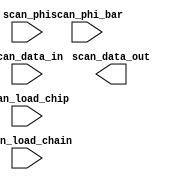


////////////////////////////////////////////////////////////////////////////////

module scan (

        //      // Inputs & outputs to the chip
        //     PERL begin
        //     /*              
        //      DEPERLIFY_INCLUDE(scan_signal_list.pl);
        //      
        //      for (my $i = 0; $i < scalar @signal_list; $i++) {
        //         print "              $signal_list[$i]{name},\n";
        //      }
        //      
        //      */
        //     end
        //     
        //      // To the pads
              scan_phi,
              scan_phi_bar,
              scan_data_in,
              scan_data_out,
              scan_load_chip,
              scan_load_chain
             
              );

   
   // /////////////////////////////////////////////////////////////////////
   // Ports

   // Scans
   input   scan_phi;
   input   scan_phi_bar;
   input   scan_data_in;
   output  scan_data_out;
   input   scan_load_chain;
   input   scan_load_chip;

   
 //  PERL begin
 //     /*              
 //      DEPERLIFY_INCLUDE(scan_signal_list.pl);
 //      
 //      for (my $i = 0; $i < scalar @signal_list; $i++) {
 //          if ($signal_list[$i]{writable} == 1) {
 //               print "   output reg ";
 //          } else {
 //               print "   input      ";
 //          }
 //      
 //           print "[$signal_list[$i]{size}-1:0]  $signal_list[$i]{name};\n";
 //      }
 //      
 //      */
 //  end

   
   // /////////////////////////////////////////////////////////////////////
   // Implementation

   // The scan chain is comprised of two sets of latches: scan_master and scan_slave.
   
  // PERL begin
  //    /*
  //     
  //     ##############################################################
  //     # Modify scan_signal_list.pl in order to change the signals. #
  //     ##############################################################
  //     
  //     DEPERLIFY_INCLUDE(scan_signal_list.pl);
  //     
  //     # Print scan chain latches
  //     print "   reg [$scan_chain_length-1:0] scan_master;\n";
  //     print "   reg [$scan_chain_length-1:0] scan_slave;\n\n";
//
  //     # Print scan_load and scan_next logic
  //     print "   reg  [$scan_chain_length-1:0] scan_load;\n";
  //     print "   wire [$scan_chain_length-1:0] scan_next;\n\n";
  //     
  //     print "   always @ (*) begin\n";
  //     
  //     for (my $i = 0; $i < scalar @signal_list; $i++) {
//
  //        my $name      = $signal_list[$i]{name};
  //        my $size      = $signal_list[$i]{size};
  //        my $addr_bits = $signal_list[$i]{addr_bits};
  //        my $data_bits = $signal_list[$i]{data_bits};
  //     
  //        my $size_begin = $signal_list[$i]{start};
  //        my $size_end   = $size_begin + $size - 1;
  //     
  //        my $addr_begin = $signal_list[$i]{start};
  //        my $addr_end   = $addr_begin + $addr_bits - 1;
  //        
  //        my $data_begin = $addr_end + 1;
  //        my $data_end   = $data_begin + $data_bits - 1;
//
  //        if ($signal_list[$i]{addr_bits} == 0) {
  //           print "      scan_load[$size_end:$size_begin] = ${name};\n";
  //        } else {
  //           print "      scan_load[$addr_end:$addr_begin] = scan_slave[$addr_end:$addr_begin];\n";
  //           print "      case (scan_slave[$addr_end:$addr_begin])\n";
  //           for (my $a = 0; ($a+1-1)*$data_bits < $size; $a++) {
  //              print "         ${addr_bits}'d${a}: scan_load[$data_end:$data_begin] = ${name}[$a*$data_bits +: $data_bits];\n";
  //           }
  //           print "      endcase\n";
  //        } 
  //     }
  //     
  //     print "   end\n\n";
  //     
  //     print "   assign scan_next = scan_load_chain ? scan_load : {scan_data_in, scan_slave[$'$scan_chain_length-1:1]};\n\n";
  //         
  //     # Print latches
  //     print "   //synopsys one_hot \"scan_phi, scan_phi_bar\"\n";
  //     print "   always @ (*) begin\n";
  //     print "       if (scan_phi)\n";
  //     print "          scan_master = scan_next;\n";
  //     print "       if (scan_phi_bar)\n";
  //     print "          scan_slave  = scan_master;\n";
  //     print "   end\n\n";
  //     
  //     # Print input latches
  //     print "   always @ (*) if (scan_load_chip) begin\n";
  //     
  //     for (my $i = 0; $i < scalar @signal_list; $i++) {
  //        if ($signal_list[$i]{writable} == 1) {
  //     
  //           my $name      = $signal_list[$i]{name};
  //           my $size      = $signal_list[$i]{size};
  //           my $addr_bits = 0 + $signal_list[$i]{addr_bits};
  //           my $data_bits = 0 + $signal_list[$i]{data_bits};
  //           my $reset   = 0 + $signal_list[$i]{reset};
  //           
  //           my $size_begin = $signal_list[$i]{start};
  //           my $size_end   = $size_begin + $size - 1;
  //           
  //           my $addr_begin = $signal_list[$i]{start};
  //           my $addr_end   = $addr_begin + $addr_bits - 1;
  //           
  //           my $data_begin = $addr_end + 1;
  //           my $data_end   = $data_begin + $data_bits - 1;
  //     
  //           if ($signal_list[$i]{addr_bits} == 0) {
  //               if ($signal_list[$i]{name} ne $scan_reset_name) {
  //                  print "      $name = scan_slave[$scan_reset_bit] ? ${size}'d${reset} : scan_slave[$size_end:$size_begin];\n";
  //               } else {
  //                  print "      $name = scan_slave[$scan_reset_bit];\n";
  //               }
  //           } else {
  //              if ($scan_reset_exists) {
  //                 print "      if (scan_slave[$scan_reset_bit]) ${name} = ${size}'d${reset}; else\n";
  //              }
  //              print "      case (scan_slave[$addr_end:$addr_begin])\n";
  //              for (my $a = 0; ($a+1-1)*$data_bits < $size; $a++) {
  //                 print "         ${addr_bits}'d${a}: ${name}[$a*$data_bits +: $data_bits] = scan_slave[$data_end:$data_begin];\n";
  //              }
  //              print "      endcase\n";
  //           }
  //        }
  //     }
  //     
  //     print "   end\n\n";
  //     
  //     # Print data_out
  //     print "   assign scan_data_out = scan_slave[0];\n";
  //     
  //     */
  // end

   
   // /////////////////////////////////////////////////////////////////////
   
endmodule